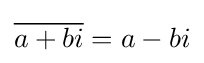
{\overline {a+bi}}=a-bi